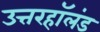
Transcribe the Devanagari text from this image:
उत्तरहॉलंड